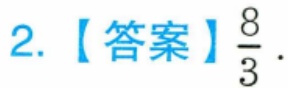
2.【答案】$\dfrac{8}{3}$.